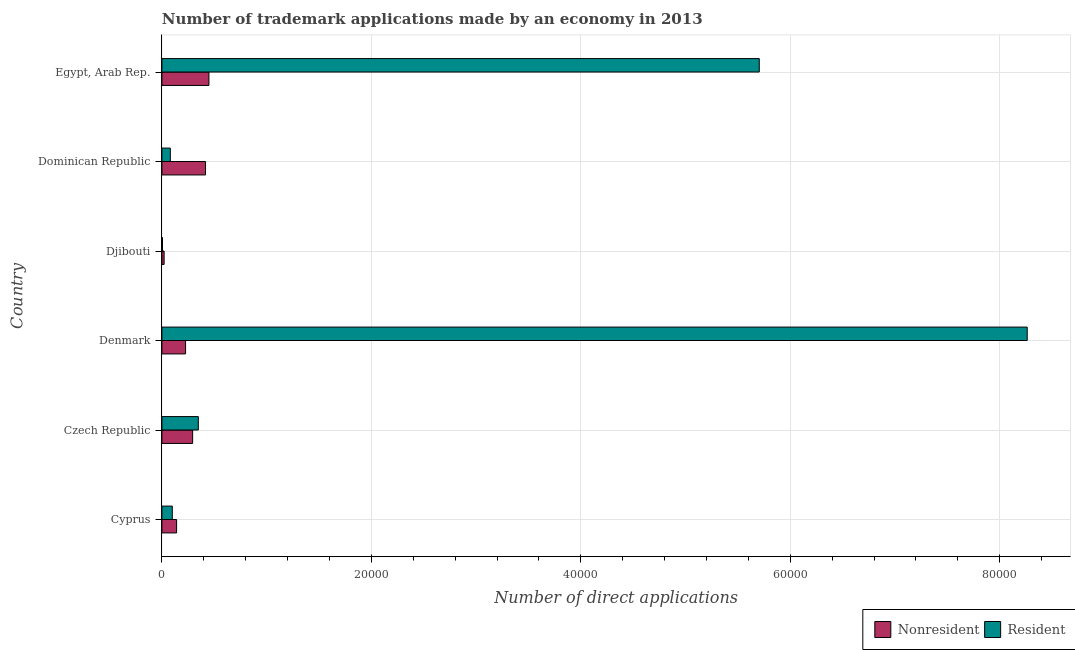
| Country | Nonresident | Resident |
 | --- | --- | --- |
 | Cyprus | 1.4e+03 | 992 |
 | Czech Republic | 2.94e+03 | 3.48e+03 |
 | Denmark | 2.26e+03 | 8.26e+04 |
 | Djibouti | 213 | 56 |
 | Dominican Republic | 4.16e+03 | 805 |
 | Egypt, Arab Rep. | 4.49e+03 | 5.7e+04 |